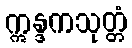
ဣန္ဒကသုတ္တံ